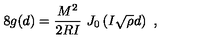
8 g ( d ) = { \frac { M ^ { 2 } } { 2 R I } } \ J _ { 0 } \left( I \sqrt { \rho } d \right) \ ,